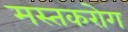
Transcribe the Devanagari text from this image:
मस्तकरोग